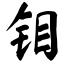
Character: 钼